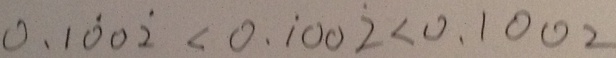
0 . 1 \dot { 0 } 0 \dot { 2 } < 0 . \dot { 1 } 0 0 \dot { 2 } < 0 . 1 0 0 2